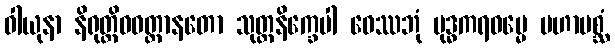
ဝါယုနာ နိရုတ္တိဝဝတ္ထာနတော သုတ္တနိက္ခေပါ ဝေဿဘုံ ဗုဒ္ဓကရဓမ္မေ မဟာမစ္ဆံ